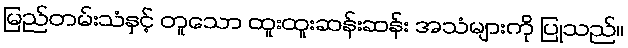
မြည်တမ်းသံနှင့် တူသော ထူးထူးဆန်းဆန်း အသံများကို ပြုသည်။